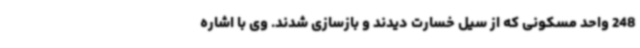
248 واحد مسکونی که از سیل خسارت دیدند و بازسازی شدند. وی با اشاره